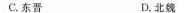
C.东晋 D.北魏